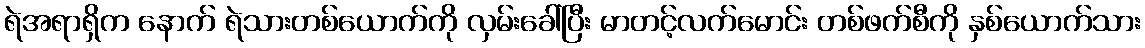
ရဲအရာရှိက နောက် ရဲသားတစ်ယောက်ကို လှမ်းခေါ်ပြီး မာတင့်လက်မောင်း တစ်ဖက်စီကို နှစ်ယောက်သား